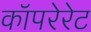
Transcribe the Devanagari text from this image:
कॉपरेरेट